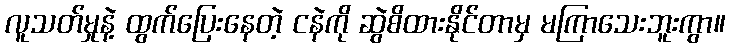
လူသတ်မှုနဲ့ ထွက်ပြေးနေတဲ့ ငနဲကို ဆွဲစိထားနိုင်တာမှ မကြာသေးဘူးကွာ။